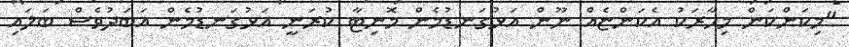
"މިކަންކަން މިހާރަކު އެކަންޏެއް ނޫން އަޅުގަނޑުމެން މޮނިޓާ ކުރަނީ އަޅުގަނޑުމެން އަބަދުވެސް ބަލައި